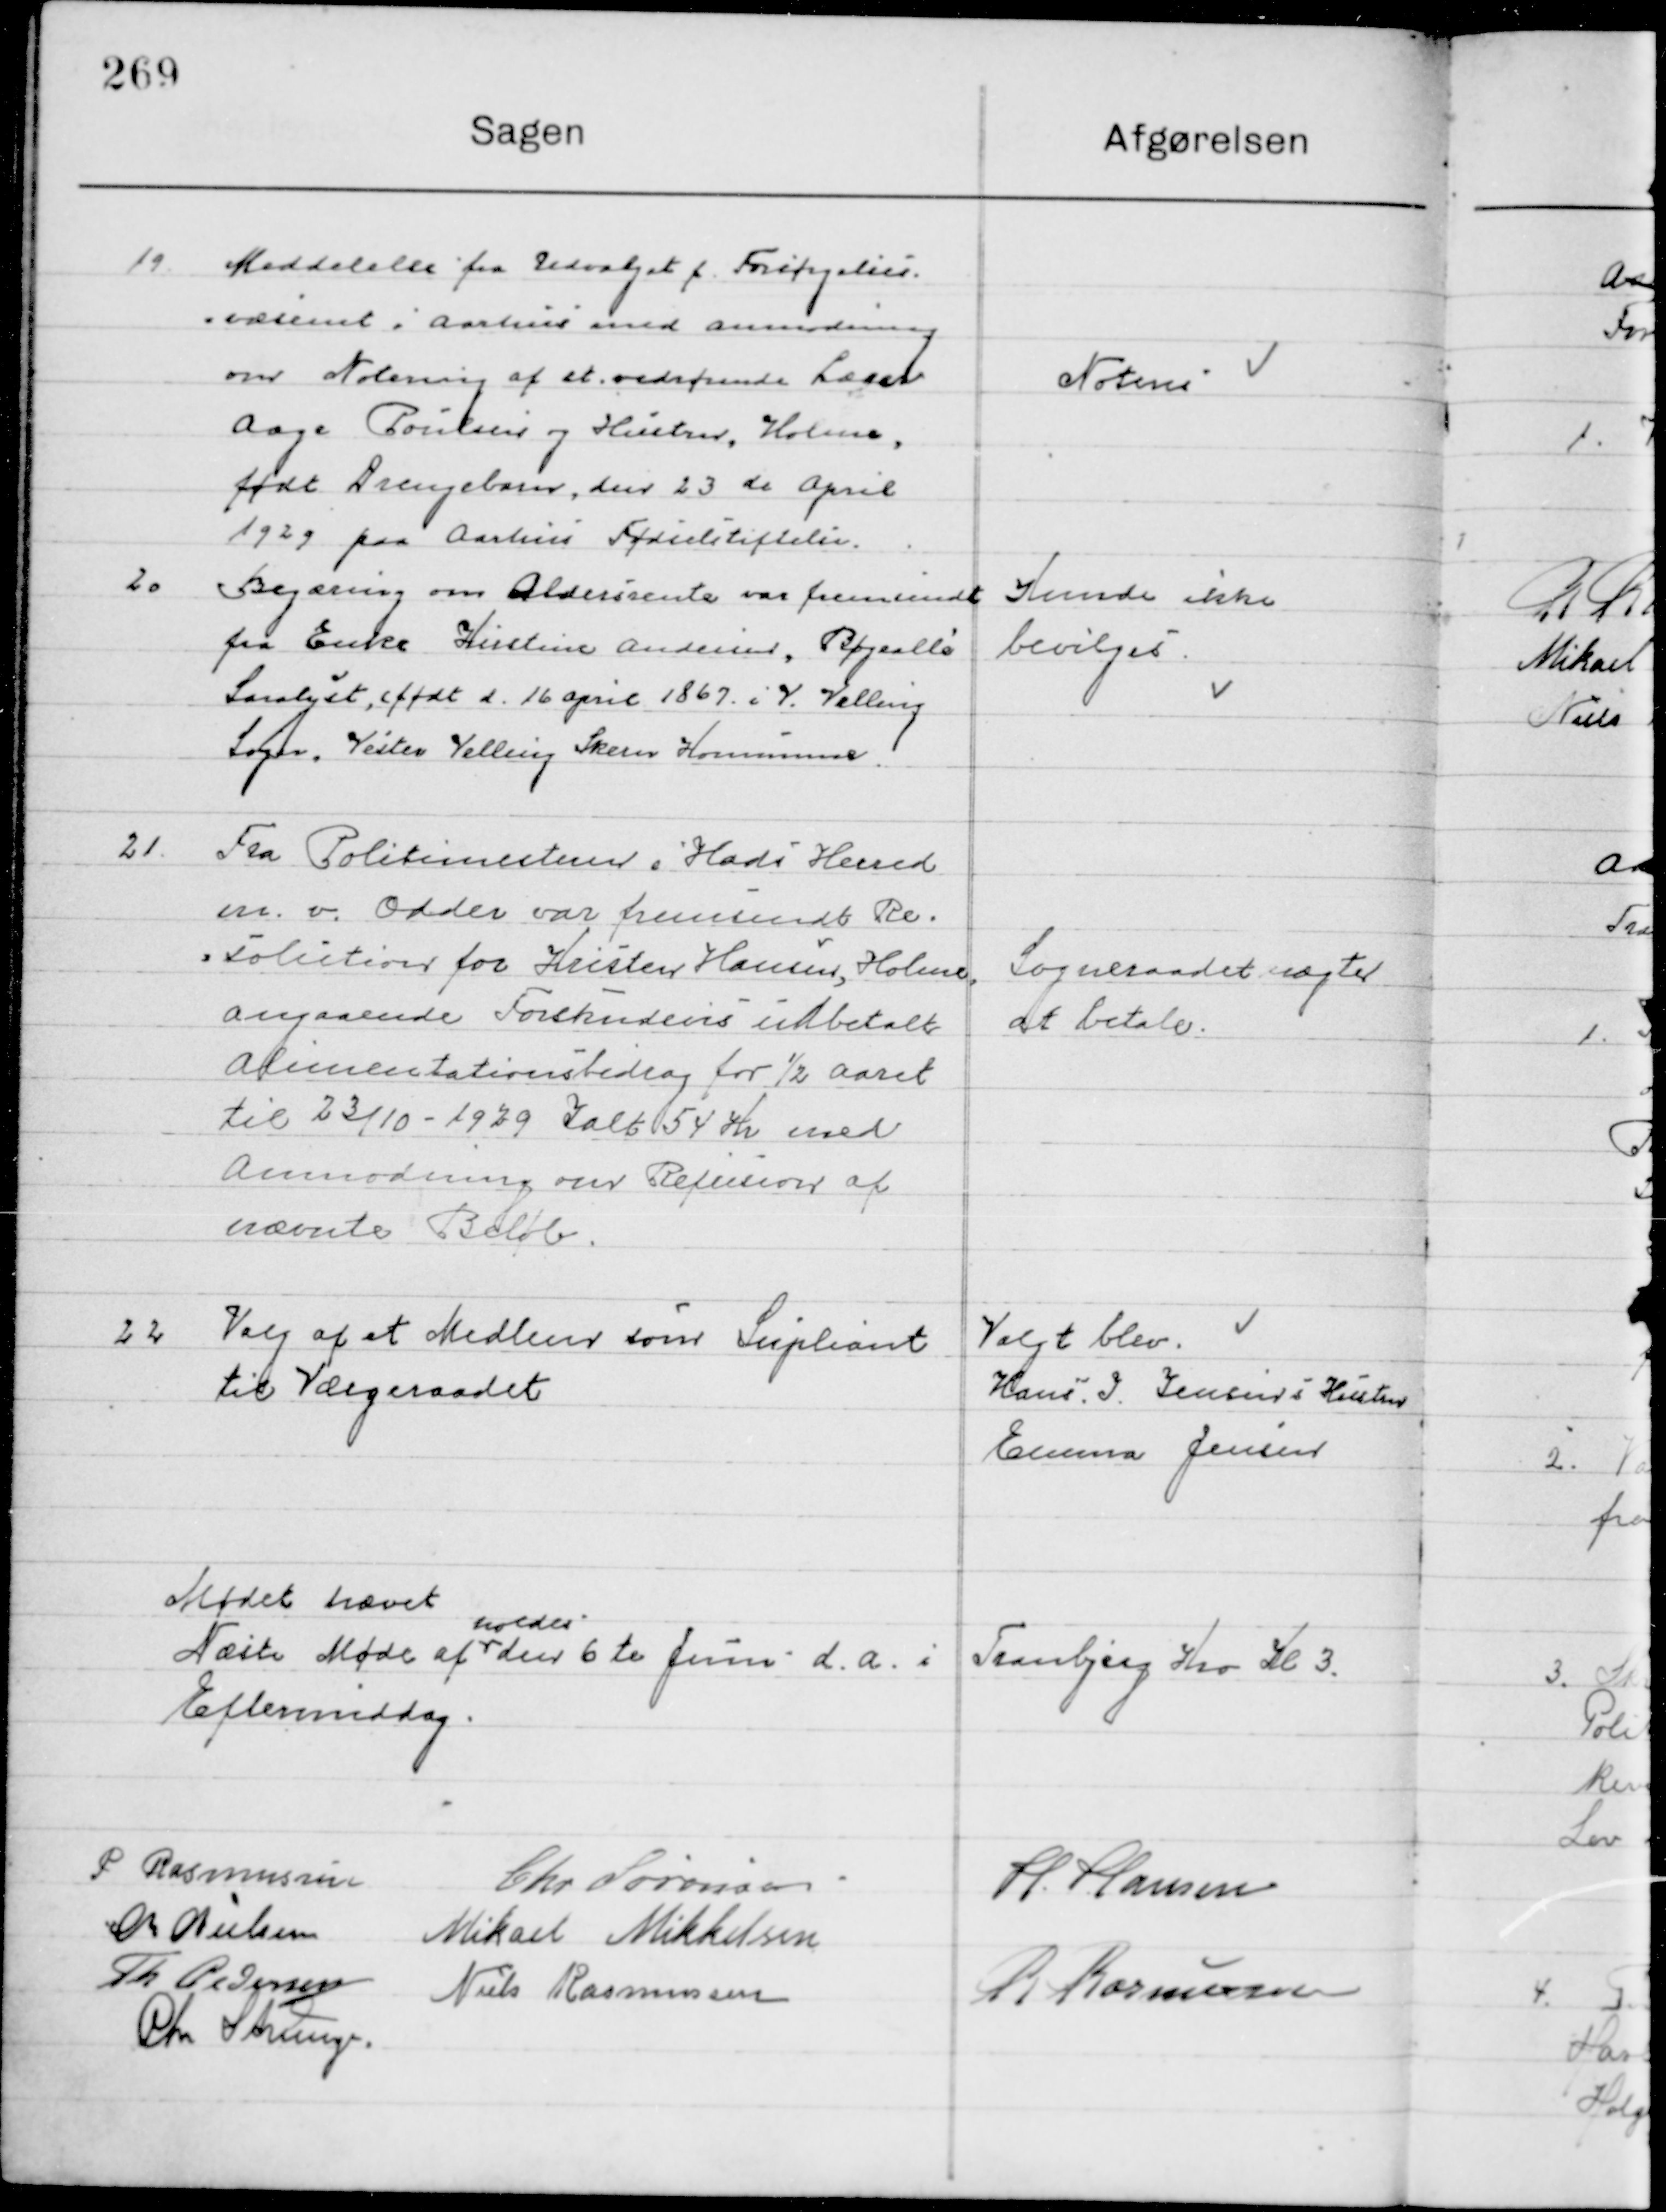
Transskription:
19

Meddelelse fra Udvalget f. forsørgelses-
væsenet i Aarhus med anmodning 
om Notering af et vedsendt Lærer
Aage Poulsen og Hustru, Holme
Født Drengebarn, den 23de April  
1929 paa Aarhus fødselsstiftelse.

Noteres

20

Begæring om Aldersrente var fremsendt
fra Enke Kristine Andersen Bøgealle
Saralyst, født d. 16 April 1869 i V. Velling
Sogn Vester Velling Skærn Kommune

Kunde ikke 
bevilges

21

Fra Politimesteren i Hads Herred
en v. Odder var hen sendt Re-
solution for Kresten Hansen, Holme
Angaaende forskuds indbetalt
Alimentationsbidrag for ½ aaret
til 23/10-1929 I alt 54 Kr. med
Anmodning om Refusion af  
nævnte Beløb.

Sogneraadet nægter
at betale

22

Valg af et Medlem som Suppleant
til Vælgeraadet

Valgt blev
Hans J. Jensens Hustru
Emma Jensen

Mødet hævet
Næste Møde af
holdes 
den 6te Juni d. A. i Tranbjerg Kro Kl. 3 
Eftermiddag.

P. Rasmussen
Chr. Sørensen
H. Hansen
M. Nielsen
Mikael Mikkelsen
Th. Pedersen
Niels Rasmussen
R. Rasmussen
Chr. Strunge.